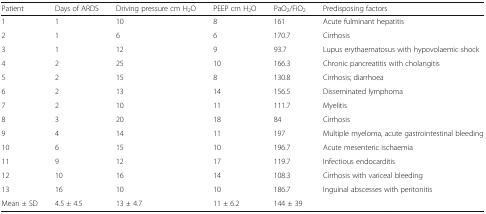
<table><thead><tr><td><b>Patient</b></td><td><b>Days of ARDS</b></td><td><b>Driving pressure cm H<sub>2</sub>O</b></td><td><b>PEEP cm H<sub>2</sub>O</b></td><td><b>PaO<sub>2</sub>/FiO<sub>2</sub></b></td><td><b>Predisposing factors</b></td></tr></thead><tbody><tr><td>1</td><td>1</td><td>10</td><td>8</td><td>161</td><td>Acute fulminant hepatitis</td></tr><tr><td>2</td><td>1</td><td>6</td><td>6</td><td>170.7</td><td>Cirrhosis</td></tr><tr><td>3</td><td>1</td><td>12</td><td>9</td><td>93.7</td><td>Lupus erythaematosus with hypovolaemic shock</td></tr><tr><td>4</td><td>2</td><td>25</td><td>10</td><td>166.3</td><td>Chronic pancreatitis with cholangitis</td></tr><tr><td>5</td><td>2</td><td>15</td><td>8</td><td>130.8</td><td>Cirrhosis; diarrhoea</td></tr><tr><td>6</td><td>2</td><td>13</td><td>14</td><td>156.5</td><td>Disseminated lymphoma</td></tr><tr><td>7</td><td>2</td><td>10</td><td>11</td><td>111.7</td><td>Myelitis</td></tr><tr><td>8</td><td>3</td><td>20</td><td>18</td><td>84</td><td>Cirrhosis</td></tr><tr><td>9</td><td>4</td><td>14</td><td>11</td><td>197</td><td>Multiple myeloma, acute gastrointestinal bleeding</td></tr><tr><td>10</td><td>6</td><td>15</td><td>10</td><td>196.7</td><td>Acute mesenteric ischaemia</td></tr><tr><td>11</td><td>9</td><td>12</td><td>17</td><td>119.7</td><td>Infectious endocarditis</td></tr><tr><td>12</td><td>10</td><td>16</td><td>14</td><td>108.3</td><td>Cirrhosis with variceal bleeding</td></tr><tr><td>13</td><td>16</td><td>10</td><td>10</td><td>186.7</td><td>Inguinal abscesses with peritonitis</td></tr><tr><td>Mean ± SD</td><td>4.5 ± 4.5</td><td>13 ± 4.7</td><td>11 ± 6.2</td><td>144 ± 39</td><td></td></tr></tbody></table>